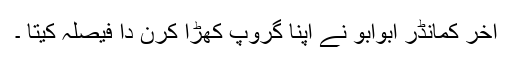
آخر کمانڈر ابوابو نے اپنا گروپ کھڑا کرن دا فیصلہ کیتا ۔